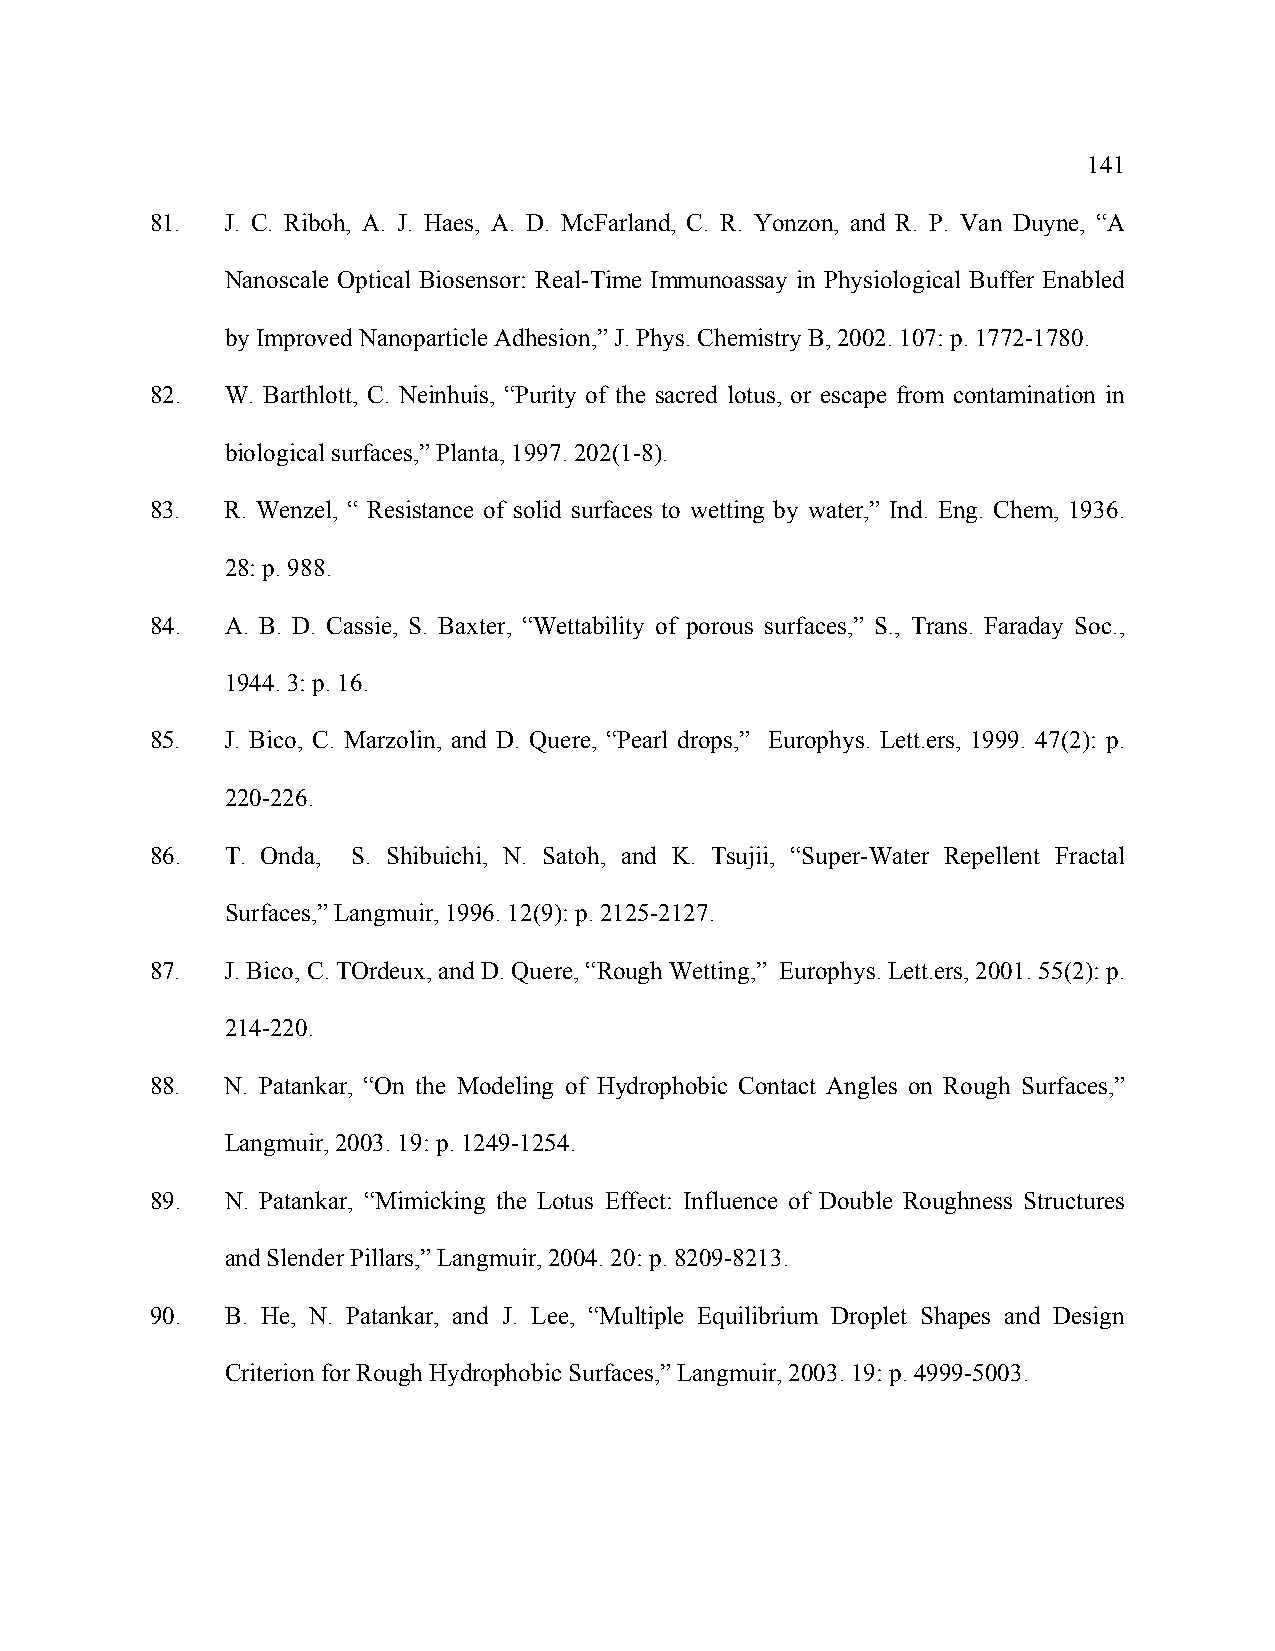
141
 81.  J. C. Riboh, A. J. Haes, A. D. McFarland, C. R. Yonzon, and R. P. Van Duyne, “A
 Nanoscale Optical Biosensor: Real-Time Immunoassay in Physiological Buffer Enabled
 by Improved Nanoparticle Adhesion,” J. Phys. Chemistry B, 2002. 107: p. 1772-1780.
 82.  W. Barthlott, C. Neinhuis, “Purity of the sacred lotus, or escape from contamination in
 biological surfaces,” Planta, 1997. 202(1-8).
 83.  R. Wenzel, “ Resistance of solid surfaces to wetting by water,” Ind. Eng. Chem, 1936.
 28: p. 988.
 84.  A. B. D. Cassie, S. Baxter, “Wettability of porous surfaces,” S., Trans. Faraday Soc.,
 1944. 3: p. 16.
 85.  J. Bico, C. Marzolin, and D. Quere, “Pearl drops,” Europhys. Lett.ers, 1999. 47(2): p.
 220-226.
 86.  T. Onda, S. Shibuichi, N. Satoh, and K. Tsujii, “Super-Water Repellent Fractal
 Surfaces,” Langmuir, 1996. 12(9): p. 2125-2127.
 87.  J. Bico, C. TOrdeux, and D. Quere, “Rough Wetting,” Europhys. Lett.ers, 2001. 55(2): p.
 214-220.
 88.  N. Patankar, “On the Modeling of Hydrophobic Contact Angles on Rough Surfaces,”
 Langmuir, 2003. 19: p. 1249-1254.
 89.  N. Patankar, “Mimicking the Lotus Effect: Influence of Double Roughness Structures
 and Slender Pillars,” Langmuir, 2004. 20: p. 8209-8213.
 90.  B. He, N. Patankar, and J. Lee, “Multiple Equilibrium Droplet Shapes and Design
 Criterion for Rough Hydrophobic Surfaces,” Langmuir, 2003. 19: p. 4999-5003.